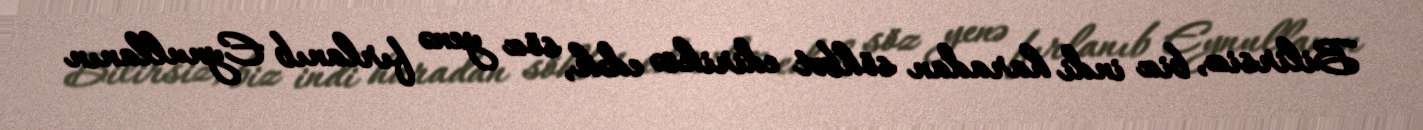
Bilirsiz, biz indi haradan söhbət ediriksə edək, söz yenə fırlanıb Eynullanın